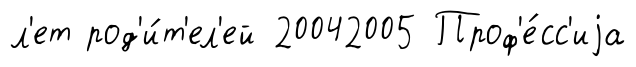
л'ет род'и́т'ел'ей 20042005 Проф'е́сс'иjа